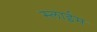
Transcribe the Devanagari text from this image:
स्लाईम